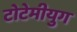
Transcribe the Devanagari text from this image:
टोटेमीयुग